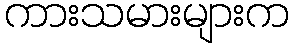
ကားသမားများက